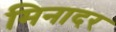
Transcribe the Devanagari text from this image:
मिनादर